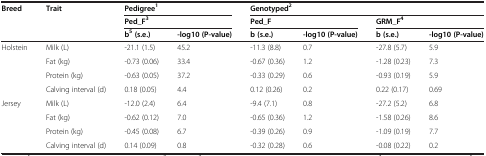
<table><thead><tr><td><b>Breed</b></td><td><b>Trait</b></td><td colspan="2"><b>Pedigree<sup>1</sup></b></td><td colspan="4"><b>Genotyped<sup>2</sup></b></td></tr><tr><td></td><td></td><td colspan="2"><b>Ped_F<sup>3</sup></b></td><td colspan="2"><b>Ped_F</b></td><td colspan="2"><b>GRM_F<sup>4</sup></b></td></tr><tr><td></td><td></td><td><b>b<sup>5</sup>(s.e.)</b></td><td><b>-log10 (P-value)</b></td><td><b>b (s.e.)</b></td><td><b>-log10 (P-value)</b></td><td><b>b (s.e.)</b></td><td><b>-log10 (P-value)</b></td></tr></thead><tbody><tr><td>Holstein</td><td>Milk (L)</td><td>-21.1 (1.5)</td><td>45.2</td><td>-11.3 (8.8)</td><td>0.7</td><td>-27.8 (5.7)</td><td>5.9</td></tr><tr><td></td><td>Fat (kg)</td><td>-0.73 (0.06)</td><td>33.4</td><td>-0.67 (0.36)</td><td>1.2</td><td>-1.28 (0.23)</td><td>7.3</td></tr><tr><td></td><td>Protein (kg)</td><td>-0.63 (0.05)</td><td>37.2</td><td>-0.33 (0.29)</td><td>0.6</td><td>-0.93 (0.19)</td><td>5.9</td></tr><tr><td></td><td>Calving interval (d)</td><td>0.18 (0.05)</td><td>4.4</td><td>0.12 (0.26)</td><td>0.2</td><td>0.22 (0.17)</td><td>0.69</td></tr><tr><td>Jersey</td><td>Milk (L)</td><td>-12.0 (2.4)</td><td>6.4</td><td>-9.4 (7.1)</td><td>0.8</td><td>-27.2 (5.2)</td><td>6.8</td></tr><tr><td></td><td>Fat (kg)</td><td>-0.62 (0.12)</td><td>7.0</td><td>-0.65 (0.36)</td><td>1.2</td><td>-1.58 (0.26)</td><td>8.6</td></tr><tr><td></td><td>Protein (kg)</td><td>-0.45 (0.08)</td><td>6.7</td><td>-0.39 (0.26)</td><td>0.9</td><td>-1.09 (0.19)</td><td>7.7</td></tr><tr><td></td><td>Calving interval (d)</td><td>0.14 (0.09)</td><td>0.8</td><td>-0.32 (0.28)</td><td>0.6</td><td>-0.08 (0.22)</td><td>0.2</td></tr></tbody></table>